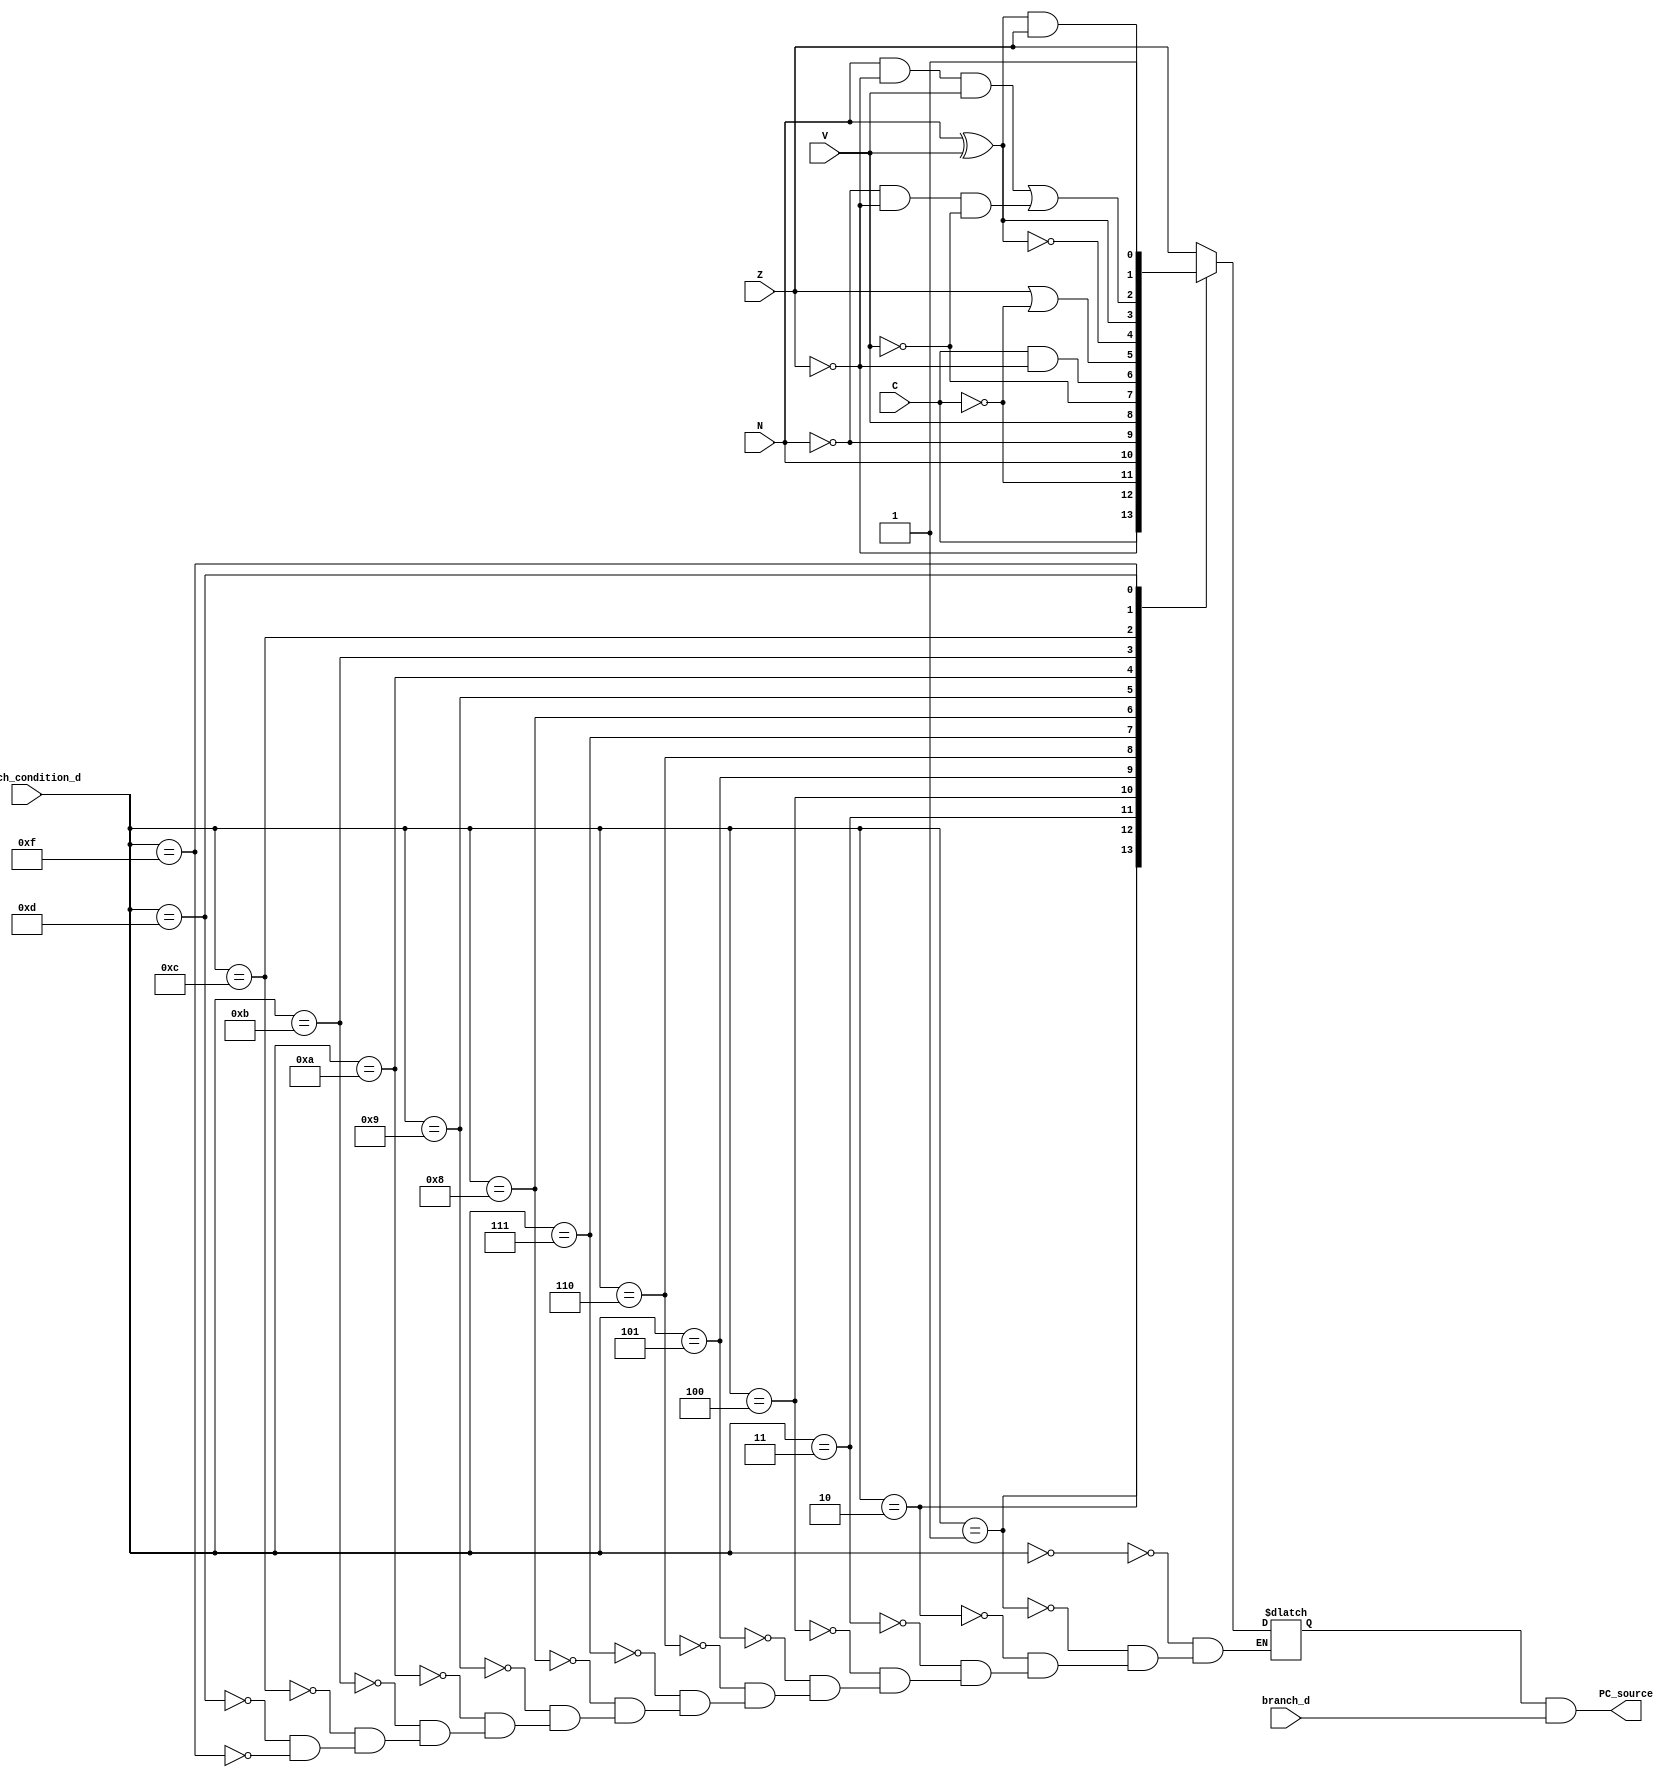
`timescale 1ns / 1ps
//////////////////////////////////////////////////////////////////////////////////
// Company: 
// Engineer: 
// 
// Design Name: 
// Module Name:    branch 
// Project Name: 
// Target Devices: 
// Tool versions: 
// Description: 
//
// Dependencies: 
//
// Revision: 
// Revision 0.01 - File Created
// Additional Comments: 
//
//////////////////////////////////////////////////////////////////////////////////
module branch(
	input branch_d,
	input [3:0] branch_condition_d,
	
	input Z,
	input N,
	input V,
	input C,
	
	output reg PC_source
	);
	
	reg branch_taken;

	always @(*) begin
		case (branch_condition_d)
			4'h0: branch_taken <= Z;
			4'h1: branch_taken <= ~Z;
			4'h2: branch_taken <= C;
			4'h3: branch_taken <= ~C;
			4'h4: branch_taken <= N;
			4'h5: branch_taken <= ~N;
			4'h6: branch_taken <= V;
			4'h7: branch_taken <= ~V;
			4'h8: branch_taken <= C & ~Z;
			4'h9: branch_taken <= Z | ~C;
			4'ha: branch_taken <= ~(N ^ V);
			4'hb: branch_taken <= N ^ V;
			4'hc: branch_taken <= (N & ~Z & V ) | (~N & ~Z & ~V);
			4'hd: branch_taken <= (N ^ V) & Z;
			
			4'hf: branch_taken <= 1;
		endcase
		PC_source <= branch_taken & branch_d;
	end
	
	
endmodule